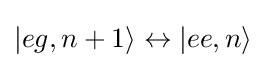
|eg,n+1\rangle \leftrightarrow |ee,n\rangle